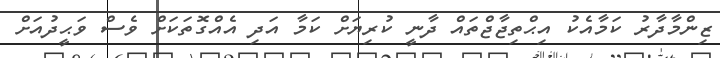
ޒިންމާދާރު ކަމާއެކު އިޙްތިޖާޖްތައް ދާނީ ކުރިޔަށް ކަމާ އަދި އެއްގޮތަކަށް ވެސް ވަޙީދުއަށް